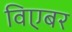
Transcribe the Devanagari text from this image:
विएबर